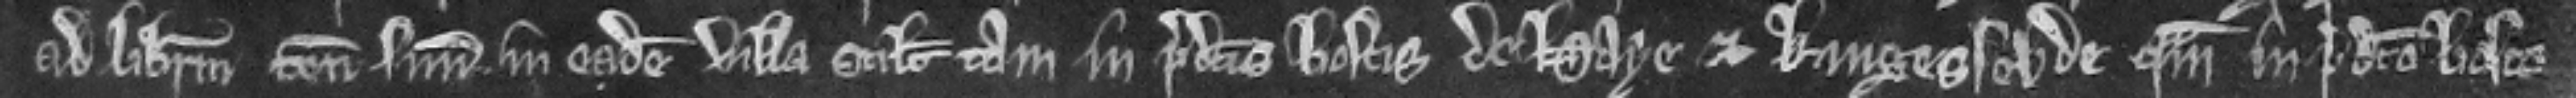
ad liberum tenementum suum in eadem villa. scilicet tam in predictis boscis de Haye et Kingesselde quam in predicto bosco